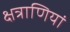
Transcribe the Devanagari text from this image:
क्षत्राणियां